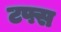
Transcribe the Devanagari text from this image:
टफ्स